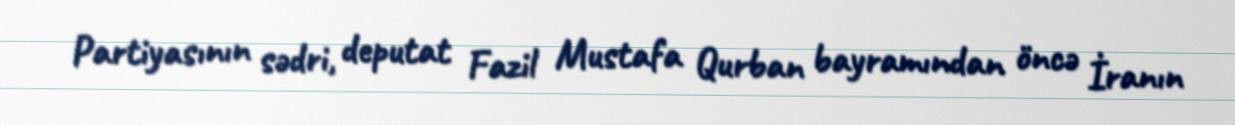
Partiyasının sədri, deputat Fazil Mustafa Qurban bayramından öncə İranın